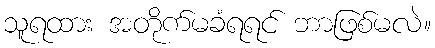
သူရထား အတိုက်မခံရရင် ဘာဖြစ်မလဲ။